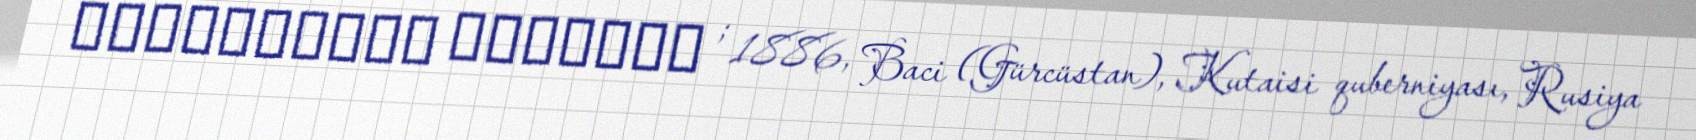
ალექსანდრე სვანიძე ; 1886, Baci (Gürcüstan), Kutaisi quberniyası, Rusiya